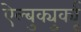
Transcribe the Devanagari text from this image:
ऐल्बुक्युर्क्यू